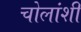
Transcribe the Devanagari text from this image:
चोलांशी